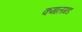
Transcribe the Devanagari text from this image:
कमालगड